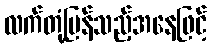
လက်တုံ့ပြန်သည့်အနေဖြင့်